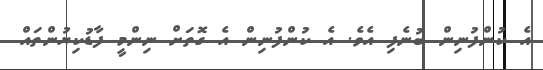
އެ ކުންފުނިން ބުނެފި އެވެ. އެ ކުންފުނިން އެ ގޮތަށް ނިންމީ ފާޑުކިޔުންތައް